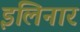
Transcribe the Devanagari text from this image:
इलिनार